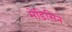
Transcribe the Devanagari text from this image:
मेडिसिने